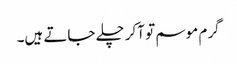
گرم موسم تو آکر چلے جاتے ہیں۔